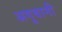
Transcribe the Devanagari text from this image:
अगुवानी